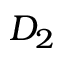
D _ { 2 }